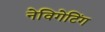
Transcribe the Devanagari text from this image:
नेविगेटिंग